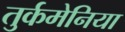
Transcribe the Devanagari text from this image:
तुर्कमेनिया